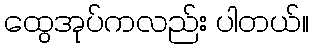
ထွေအုပ်ကလည်း ပါတယ်။